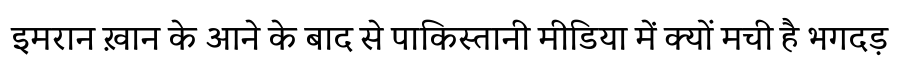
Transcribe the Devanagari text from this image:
इमरान ख़ान के आने के बाद से पाकिस्तानी मीडिया में क्यों मची है भगदड़